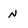
Character: N